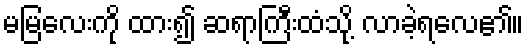
မမြလေးကို ထား၍ ဆရာကြီးထံသို့ လာခဲ့ရလေ၏။